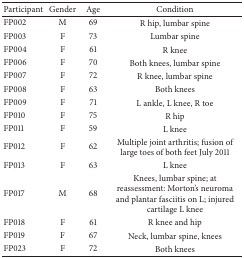
<table><thead><tr><td><b>Participant</b></td><td><b>Gender</b></td><td><b>Age</b></td><td><b>Condition</b></td></tr></thead><tbody><tr><td>FP002</td><td>M</td><td>69</td><td>R hip, lumbar spine</td></tr><tr><td>FP003</td><td>F</td><td>73</td><td>Lumbar spine</td></tr><tr><td>FP004</td><td>F</td><td>61</td><td>R knee</td></tr><tr><td>FP006</td><td>F</td><td>70</td><td>Both knees, lumbar spine</td></tr><tr><td>FP007</td><td>F</td><td>72</td><td>R knee, lumbar spine</td></tr><tr><td>FP008</td><td>F</td><td>63</td><td>Both knees</td></tr><tr><td>FP009</td><td>F</td><td>71</td><td>L ankle, L knee, R toe</td></tr><tr><td>FP010</td><td>F</td><td>75</td><td>R hip</td></tr><tr><td>FP011</td><td>F</td><td>59</td><td>L knee</td></tr><tr><td>FP012</td><td>F</td><td>62</td><td>Multiple joint arthritis; fusion of large toes of both feet July 2011</td></tr><tr><td>FP013</td><td>F</td><td>63</td><td>L knee</td></tr><tr><td>FP017</td><td>M</td><td>68</td><td>Knees, lumbar spine; at reassessment: Morton&#x27;s neuroma and plantar fasciitis on L; injured cartilage L knee</td></tr><tr><td>FP018</td><td>F</td><td>61</td><td>R knee and hip</td></tr><tr><td>FP019</td><td>F</td><td>67</td><td>Neck, lumbar spine, knees</td></tr><tr><td>FP023</td><td>F</td><td>72</td><td>Both knees</td></tr></tbody></table>